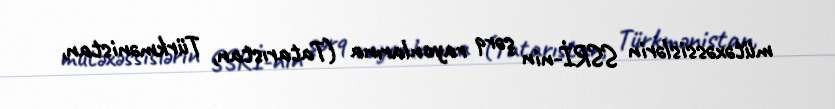
mütəxəssislərin SSRİ-nin şərq rayonlarına (Tatarıstan, Türkmənistan,